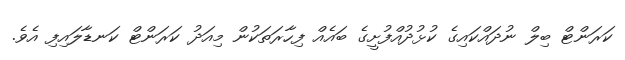
ކަރަންޓް ބިލް ނުދައްކައިގެ ކުޅުދުއްފުށީގެ ބައެއް ފިހާރަތަކުން މިއަދު ކަރަންޓް ކަނޑާލައިފި އެވެ.